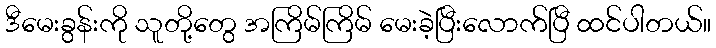
ဒီမေးခွန်းကို သူတို့တွေ အကြိမ်ကြိမ် မေးခဲ့ပြီးလောက်ပြီ ထင်ပါတယ်။